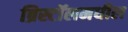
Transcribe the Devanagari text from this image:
ब्रिस्टॉलमधील